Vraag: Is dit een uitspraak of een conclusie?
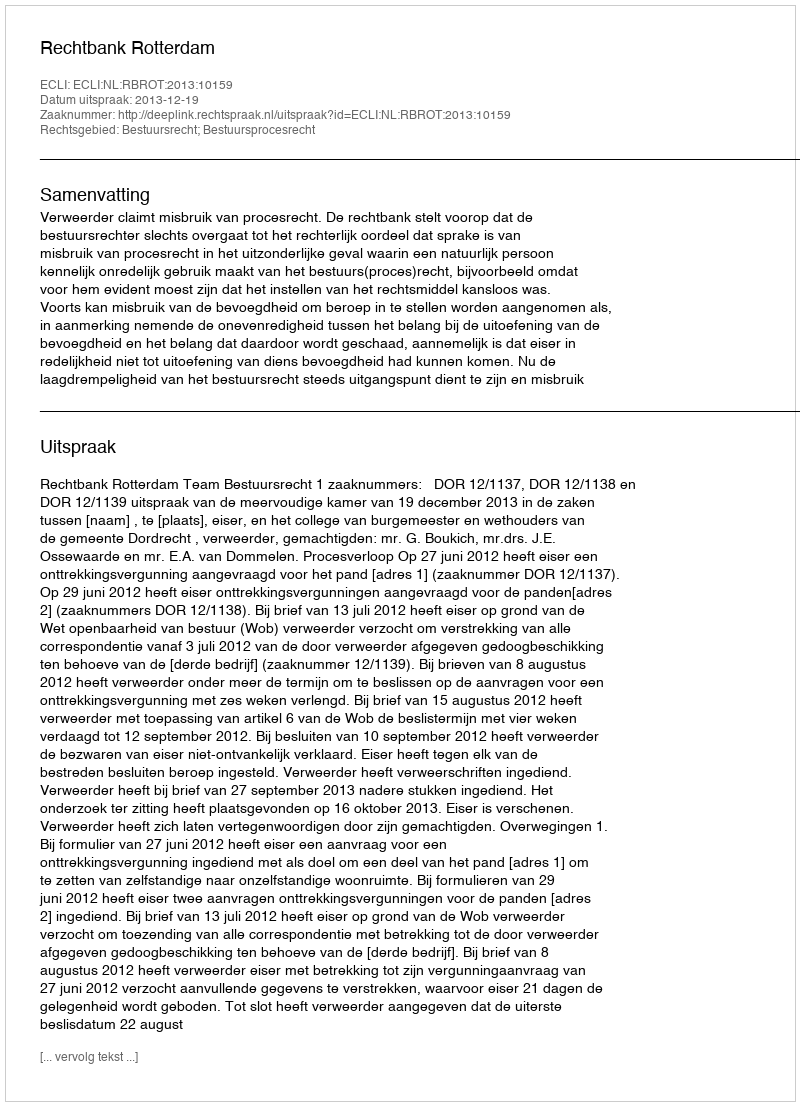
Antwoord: Uitspraak